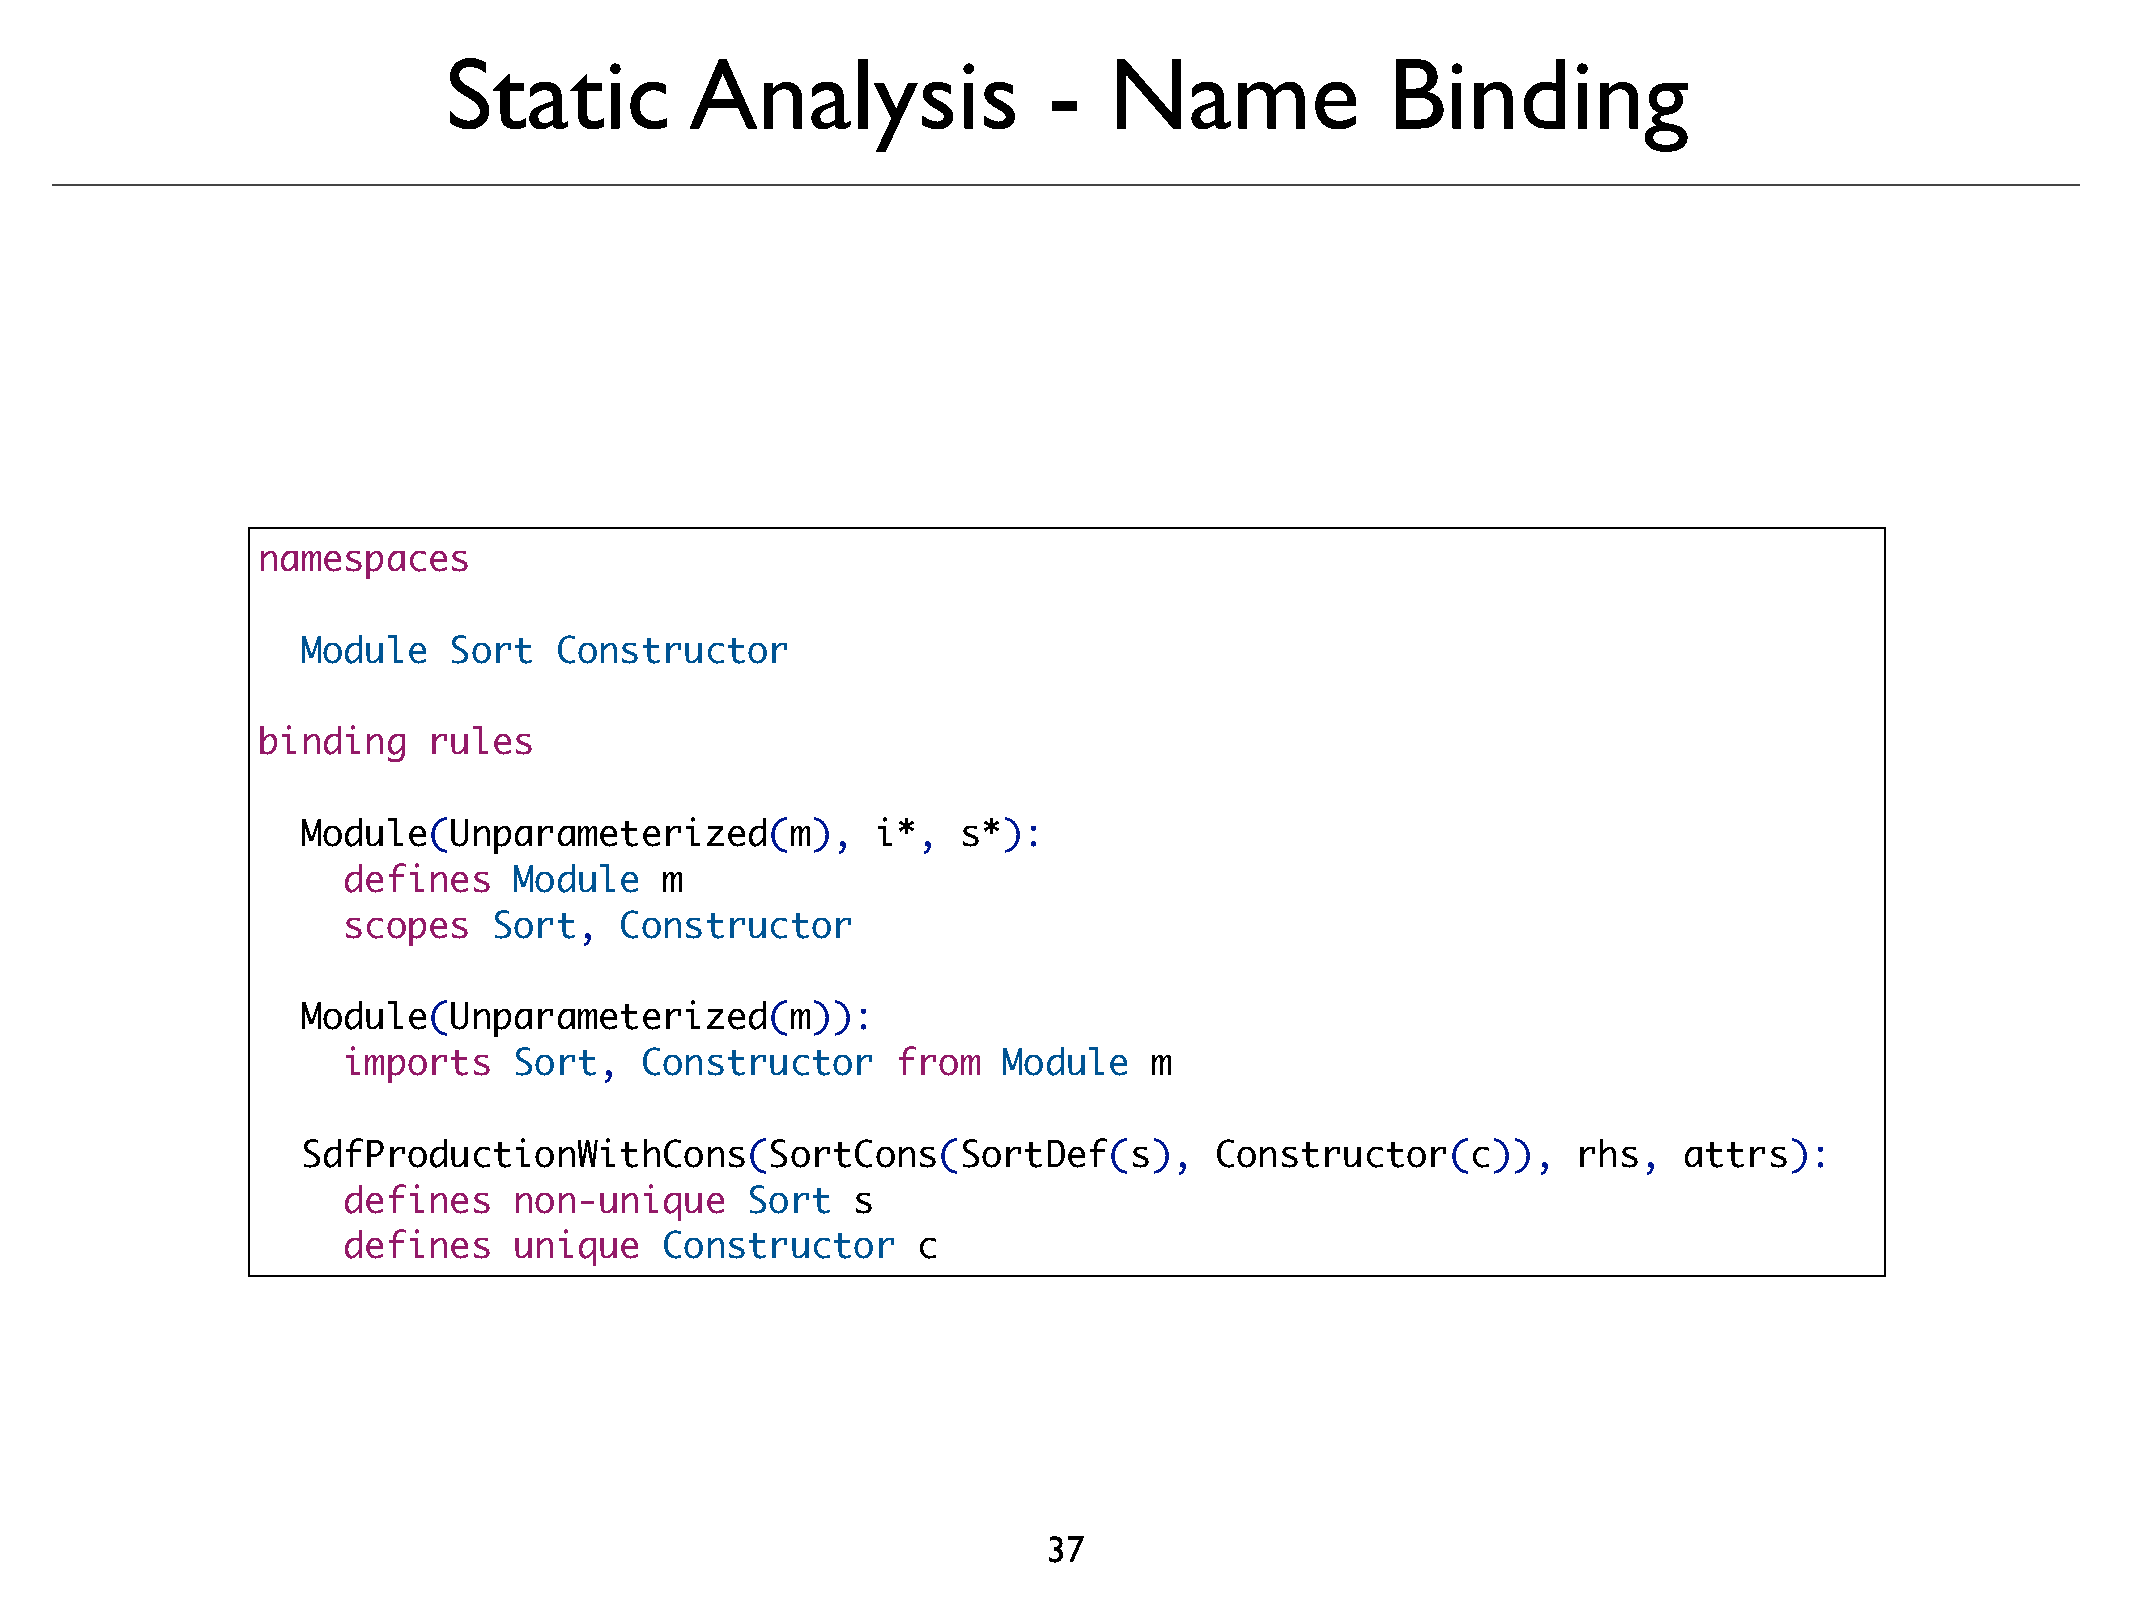
Static          Analysis               -   Name               Binding
 namespaces
 Module    Sort   Constructor
 binding    rules
 !
 Module(Unparameterized(m),            i*,   s*):
 defines    Module    m
 scopes    Sort,   Constructor
 Module(Unparameterized(m)):
 imports    Sort,   Constructor      from   Module    m
 SdfProductionWithCons(SortCons(SortDef(s),                  Constructor(c)),        rhs,   attrs):
 defines    non-unique     Sort   s
 defines    unique    Constructor      c
 37